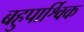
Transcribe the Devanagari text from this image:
बहुपार्श्विक